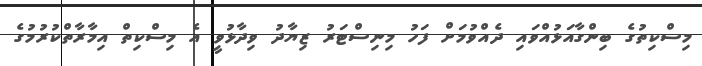
މިސްކިތުގެ ބިންގާއަޅުއްވައި ދެއްވުމަށް ފަހު މިނިސްޓަރު ޒިޔާދު ވިދާޅުވީ އެ މިސްކިތް އިމާރާތްކުރުމުގެ